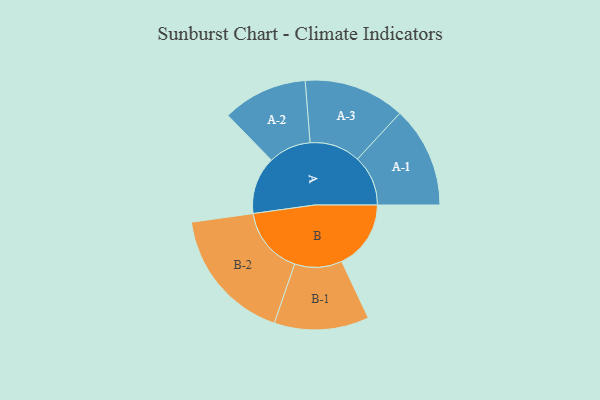
{"axis": {"x": "Segment", "y": "Value"}, "legend": ["", "A", "B"], "data": [{"x": "A", "y": 234, "type": ""}, {"x": "B", "y": 282, "type": ""}, {"x": "A-1", "y": 206, "type": "A"}, {"x": "A-2", "y": 173, "type": "A"}, {"x": "A-3", "y": 206, "type": "A"}, {"x": "B-1", "y": 193, "type": "B"}, {"x": "B-2", "y": 275, "type": "B"}]}